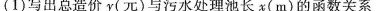
(1)写出总造价y(元)与污水处理池长x(m)的函数关系